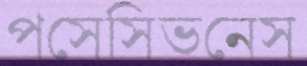
পসেসিভনেস